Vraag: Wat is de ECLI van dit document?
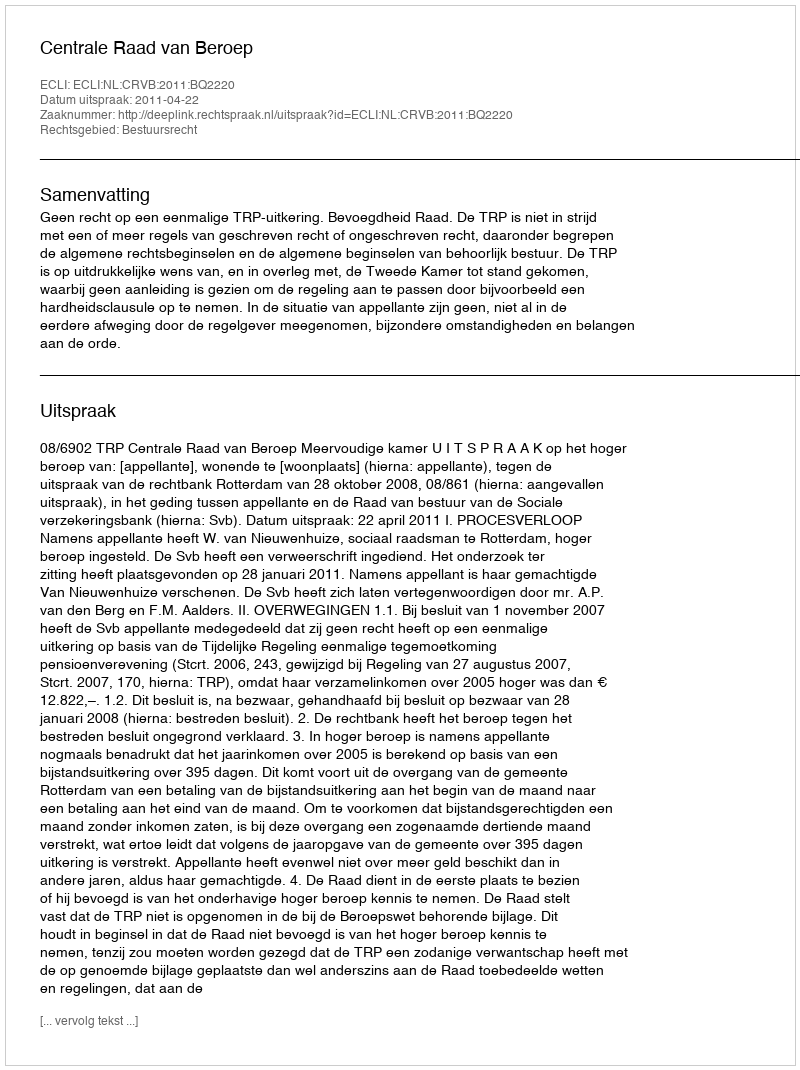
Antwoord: ECLI:NL:CRVB:2011:BQ2220